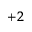
^ { + 2 }